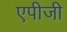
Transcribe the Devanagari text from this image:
एपीजी